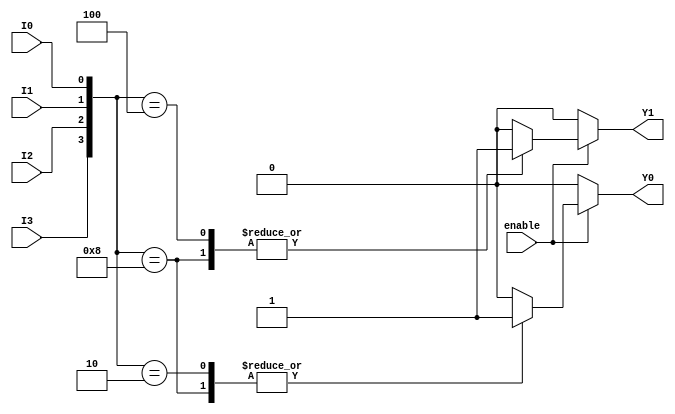
module encoder_4to2 (
    input wire I0,    // Input line 0
    input wire I1,    // Input line 1
    input wire I2,    // Input line 2
    input wire I3,    // Input line 3
    input wire enable, // Enable signal
    output reg Y0,    // Output line 0
    output reg Y1     // Output line 1
);

always @(*) begin
    if (!enable) begin
        // If enable is low, output default state
        Y0 = 1'b0;
        Y1 = 1'b0;
    end else begin
        // Priority encoding
        case ({I3, I2, I1, I0}) // Concatenate inputs for priority check
            4'b1000: begin // I3 is high
                Y0 = 1'b1;
                Y1 = 1'b1;
            end
            4'b0100: begin // I2 is high
                Y0 = 1'b0;
                Y1 = 1'b1;
            end
            4'b0010: begin // I1 is high
                Y0 = 1'b1;
                Y1 = 1'b0;
            end
            4'b0001: begin // I0 is high
                Y0 = 1'b0;
                Y1 = 1'b0;
            end
            default: begin // No valid input is high
                Y0 = 1'b0;
                Y1 = 1'b0;
            end
        endcase
    end
end

endmodule